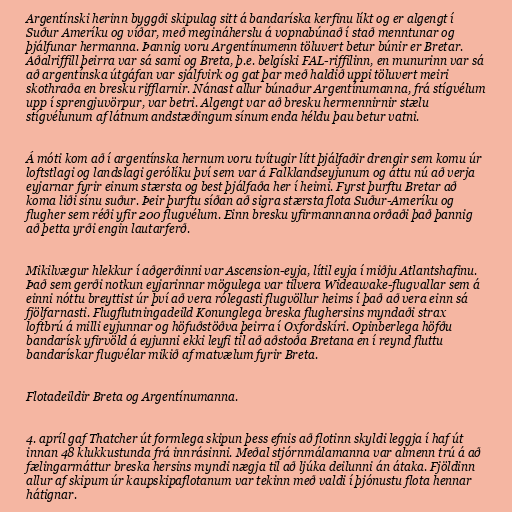
Argentínski herinn byggði skipulag sitt á bandaríska kerfinu líkt og er algengt í
Suður Ameríku og víðar, með megináherslu á vopnabúnað í stað menntunar og
þjálfunar hermanna. Þannig voru Argentínumenn töluvert betur búnir er Bretar.
Aðalriffill þeirra var sá sami og Breta, þ.e. belgíski FAL-riffilinn, en munurinn var sá
að argentínska útgáfan var sjálfvirk og gat þar með haldið uppi töluvert meiri
skothraða en bresku rifflarnir. Nánast allur búnaður Argentínumanna, frá stígvélum
upp í sprengjuvörpur, var betri. Algengt var að bresku hermennirnir stælu
stígvélunum af látnum andstæðingum sínum enda héldu þau betur vatni.

Á móti kom að í argentínska hernum voru tvítugir lítt þjálfaðir drengir sem komu úr
loftstlagi og landslagi gerólíku því sem var á Falklandseyjunum og áttu nú að verja
eyjarnar fyrir einum stærsta og best þjálfaða her í heimi. Fyrst þurftu Bretar að
koma liði sínu suður. Þeir þurftu síðan að sigra stærsta flota Suður-Ameríku og
flugher sem réði yfir 200 flugvélum. Einn bresku yfirmannanna orðaði það þannig
að þetta yrði engin lautarferð.

Mikilvægur hlekkur í aðgerðinni var Ascension-eyja, lítil eyja í miðju Atlantshafinu.
Það sem gerði notkun eyjarinnar mögulega var tilvera Wideawake-flugvallar sem á
einni nóttu breyttist úr því að vera rólegasti flugvöllur heims í það að vera einn sá
fjölfarnasti. Flugflutningadeild Konunglega breska flughersins myndaði strax
loftbrú á milli eyjunnar og höfuðstöðva þeirra í Oxfordskíri. Opinberlega höfðu
bandarísk yfirvöld á eyjunni ekki leyfi til að aðstoða Bretana en í reynd fluttu
bandarískar flugvélar mikið af matvælum fyrir Breta.

Flotadeildir Breta og Argentínumanna.

4. apríl gaf Thatcher út formlega skipun þess efnis að flotinn skyldi leggja í haf út
innan 48 klukkustunda frá innrásinni. Meðal stjórnmálamanna var almenn trú á að
fælingarmáttur breska hersins myndi nægja til að ljúka deilunni án átaka. Fjöldinn
allur af skipum úr kaupskipaflotanum var tekinn með valdi í þjónustu flota hennar
hátignar.